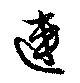
連